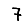
Digit: 7